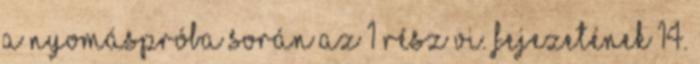
a nyomáspróba során az 1 rész VI. fejezetének 14.